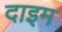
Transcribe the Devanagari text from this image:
दाइम